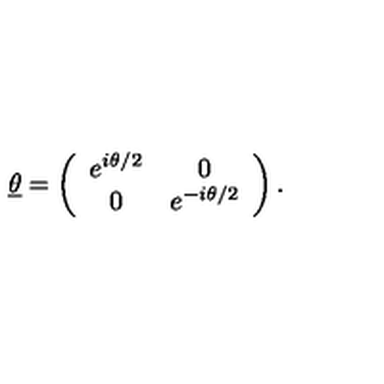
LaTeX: \underline { { \theta } } = \left( \begin{array} { c c } { e ^ { i \theta / 2 } } & { 0 } \\ { 0 } & { e ^ { - i \theta / 2 } } \\ \end{array} \right) .